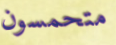
متحمسون